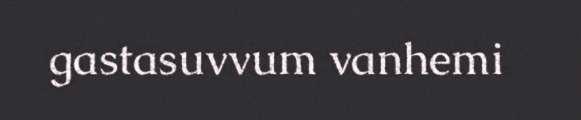
gastasuvvum vanhemi